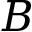
B